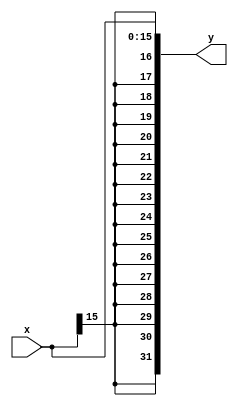
`timescale 1ns / 1ps
//////////////////////////////////////////////////////////////////////////////////
// Company: 
// Engineer: 
// 
// Design Name: 
// Module Name: sign_extender
// Project Name: 
// Target Devices: 
// Tool Versions: 
// Description: 
// 
// Dependencies: 
// 
// Revision:
// Revision 0.01 - File Created
// Additional Comments:
// 
//////////////////////////////////////////////////////////////////////////////////

module sign_extender(
input [15:0]x,
output [31:0]y
    );

assign y[31:0] = {{16{x[15]}},x[15:0]};

endmodule